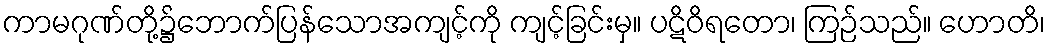
ကာမဂုဏ်တို့၌ဘောက်ပြန်သောအကျင့်ကို ကျင့်ခြင်းမှ။ ပဋိဝိရတော၊ ကြဉ်သည်။ ဟောတိ၊